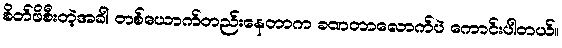
စိတ်ဖိစီးတဲ့အခါ တစ်ယောက်တည်းနေတာက ခဏတာလောက်ပဲ ကောင်းပါတယ်။